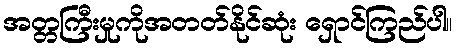
အတ္တကြီးမှုကိုအတတ်နိုင်ဆုံး ရှောင်ကြည်ပါ။